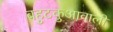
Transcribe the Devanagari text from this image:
बहुटकुआवाली